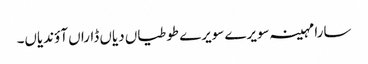
سارا مہینہ سویرے سویرے طوطیاں دیاں ڈاراں آؤندیاں۔